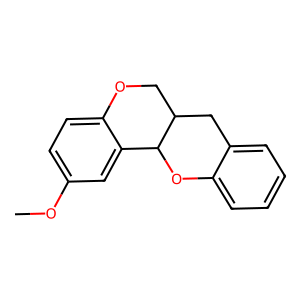
SMILES: COc1ccc2c(c1)C1Oc3ccccc3CC1CO2
Inhibits HIV replication: No